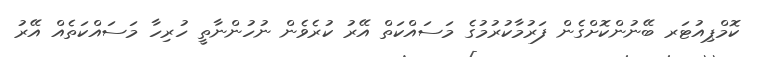
ކޮމްޕިއުޓަރ ބޭނުންކޮށްގެން ފަރުމާކުރުމުގެ މަސައްކަތް އޭރު ކުރެވެން ނުހުންނާތީ ހުރިހާ މަސައްކަތެއް އޭރު